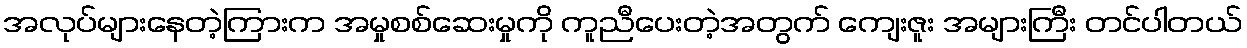
အလုပ်များနေတဲ့ကြားက အမှုစစ်ဆေးမှုကို ကူညီပေးတဲ့အတွက် ကျေးဇူး အများကြီး တင်ပါတယ်